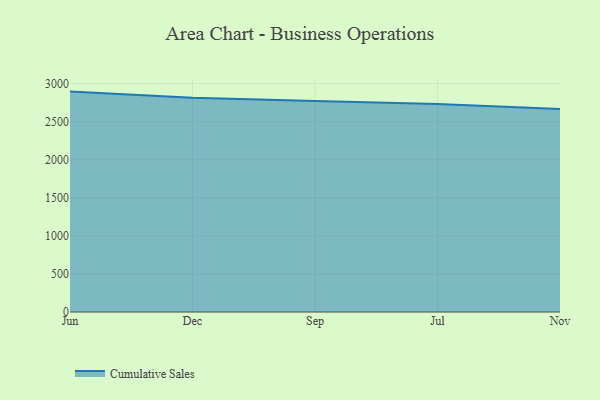
{"axis": {"x": "Month", "y": "Waste Production (Tons)"}, "legend": ["Cumulative Sales"], "data": [{"x": "Jun", "y": 2895.4, "type": "Cumulative Sales"}, {"x": "Dec", "y": 2813.6, "type": "Cumulative Sales"}, {"x": "Sep", "y": 2772.6, "type": "Cumulative Sales"}, {"x": "Jul", "y": 2731.6, "type": "Cumulative Sales"}, {"x": "Nov", "y": 2666.7, "type": "Cumulative Sales"}]}